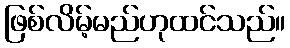
ဖြစ်လိမ့်မည်ဟုထင်သည်။